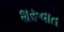
શરૂવાત